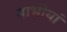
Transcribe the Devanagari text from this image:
नाभीयां